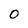
Character: O